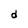
Character: d